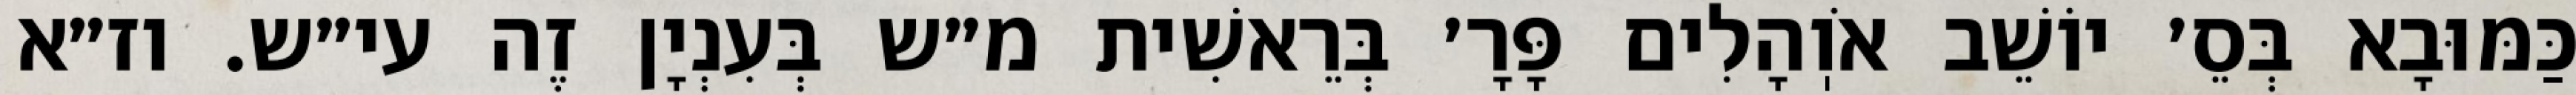
כַּמּוּבָא בְּסֵ׳ יוֹשֵׁב אֹוֽהָלִים פָּרָ׳ בְּרֵאשִׁית מ״ש בְּעִנְיָן זֶה עי״ש. וז״א